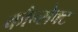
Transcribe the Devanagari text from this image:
कौन्सेक्ट